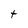
Character: t